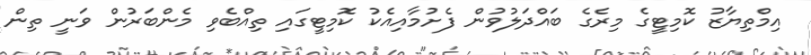
އިމްތިޔާޒު ކޮމިޓީގެ މިރެގެ ބައްދަލުވުން ފެށުމާއިއެކު ކޮމިޓީގައި ތިއްބެވި މެންބަރުން ވަނީ ތިން